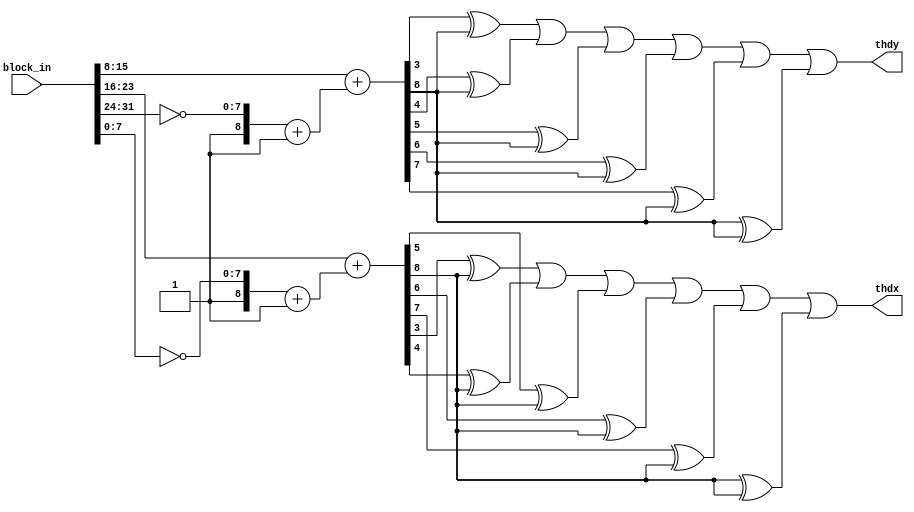
module kern_th_edge #(
    parameter thresh = 32
)(
    input wire [31:0] block_in,
    output wire thdx,thdy
);
    wire [8:0] mup;
  	wire [8:0] right;
  	wire [8:0] down;
    wire [8:0] mleft;
    assign mup[8:0] = {1'b1,~block_in[31:24]} + 1'b1;
    assign right[8:0] = {1'b0,block_in[23:16]};
    assign down[8:0] = {1'b0,block_in[15:8]};
    assign mleft[8:0] = {1'b1,~block_in[7:0]} + 1'b1;

    wire [8:0] dy = down + mup;     //simulation wizardry if use - operator
    wire [8:0] dx = right + mleft;
    wire sx = dx[8];
    wire sy = dy[8];

    // Thresholding, true if dx >= 32 or dx <= -33
    assign thdx = dx[3]^sx | dx[4]^sx | dx[5]^sx | dx[6]^sx | dx[7]^sx | dx[8]^sx;
    assign thdy = dy[3]^sy | dy[4]^sy | dy[5]^sy | dy[6]^sy | dy[7]^sy | dy[8]^sy;
endmodule
module edge_detect #(parameter stripwidth = 640)(
    //`define wire_adrressing
    `ifdef wire_adrressing
        input wire[7:0] strip [stripwidth*3],
    `else
        input wire[stripwidth*8*3:0] strip,
    `endif
    output wire[stripwidth-3:0] thdx_line,thdy_line
);
    genvar kernpos;
    generate
    for(kernpos = 1 ; kernpos < stripwidth-1 ; kernpos = kernpos + 1) begin: kernpos_loop
        `ifdef wire_adrressing
            wire[31:0] targpx= {  
                strip[kernpos],                 //px up
                strip[stripwidth+kernpos+1],    //px right
                strip[stripwidth*2 + kernpos],  //px down
                strip[stripwidth+kernpos-1]};   //px left
        `else
            wire[31:0] targpx= {    
                strip[kernpos*8+7:kernpos*8],                                           //px up
                strip[stripwidth + ((kernpos+1)*8)+7:stripwidth + ((kernpos+1)*8)],     //px right
                strip[(2*stripwidth) + (kernpos*8)+7:(2*stripwidth) + (kernpos*8)],     //px down
                strip[stripwidth + ((kernpos-1)*8)+7:stripwidth + ((kernpos-1)*8)]};    //px left
        `endif
        wire thdx,thdy;
        kern_th_edge #(
            .thresh(32)
        ) kern_th_edge_inst (
            .block_in(targpx),
            .thdx(thdx),
            .thdy(thdy)
        );
        assign thdx_line[kernpos-1] = thdx;
        assign thdy_line[kernpos-1] = thdy;
    end
    endgenerate

endmodule
module shift_strip #(parameter stripwidth = 640)(
    input wire[stripwidth*8*3:0] strip_in,
    output wire[stripwidth*8*3:0] strip_out
);
    assign strip_out[0:2*stripwidth-1] = strip_in[2*stripwidth:3*stripwidth-1];
    assign strip_out[2*stripwidth:3*stripwidth-1] = 0;
endmodule